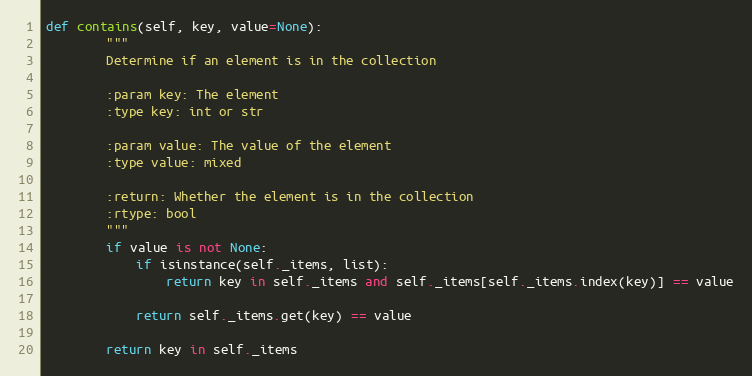
Language: Python
def contains(self, key, value=None):
        """
        Determine if an element is in the collection

        :param key: The element
        :type key: int or str

        :param value: The value of the element
        :type value: mixed

        :return: Whether the element is in the collection
        :rtype: bool
        """
        if value is not None:
            if isinstance(self._items, list):
                return key in self._items and self._items[self._items.index(key)] == value

            return self._items.get(key) == value

        return key in self._items